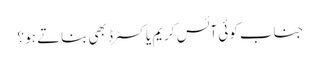
جناب کوئی آئس کریم یا کسٹرڈ بھی بناتے ہو ؟